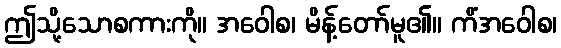
ဤသို့သောစကားကို။ အဝေါစ၊ မိန့်တော်မူ၏။ ကိံအဝေါစ၊